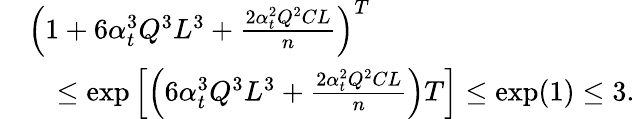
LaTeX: \begin{array}{rl}&{\left(1+6\alpha_{t}^{3}Q^{3}L^{3}+\frac{2\alpha_{t}^{2}Q^{2}CL}{n}\right)^{T}}\\ &{\quad\leq\exp\left[\left(6\alpha_{t}^{3}Q^{3}L^{3}+\frac{2\alpha_{t}^{2}Q^{2}CL}{n}\right)T\right]\leq\exp(1)\leq 3.}\end{array}